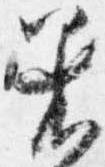
着